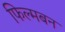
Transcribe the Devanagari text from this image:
फिल्मबन